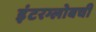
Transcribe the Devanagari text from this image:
इंटरग्लोबची